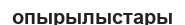
опырылыстары